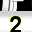
Digit: 2